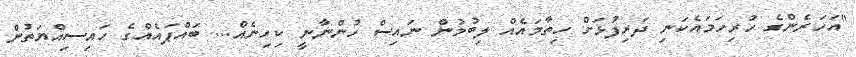
''އަހަރެންގެ ހުރިހަމައެކަނި ދަރިފުޅަށް ހިތާމައެއް ލިބުމުން ނައިސް ހުންނާނީ ކިހިނެއް... ބައްޕައެއްގެ ހައިސިއްޔަތުން